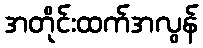
အတိုင်းထက်အလွန်